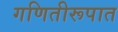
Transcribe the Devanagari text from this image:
गणितीरूपात